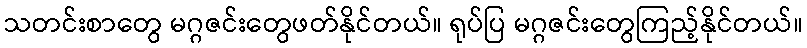
သတင်းစာတွေ မဂ္ဂဇင်းတွေဖတ်နိုင်တယ်။ ရုပ်ပြ မဂ္ဂဇင်းတွေကြည့်နိုင်တယ်။